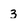
Character: 3